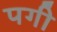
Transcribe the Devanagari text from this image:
पगी